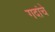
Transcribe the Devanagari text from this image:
गदांचे